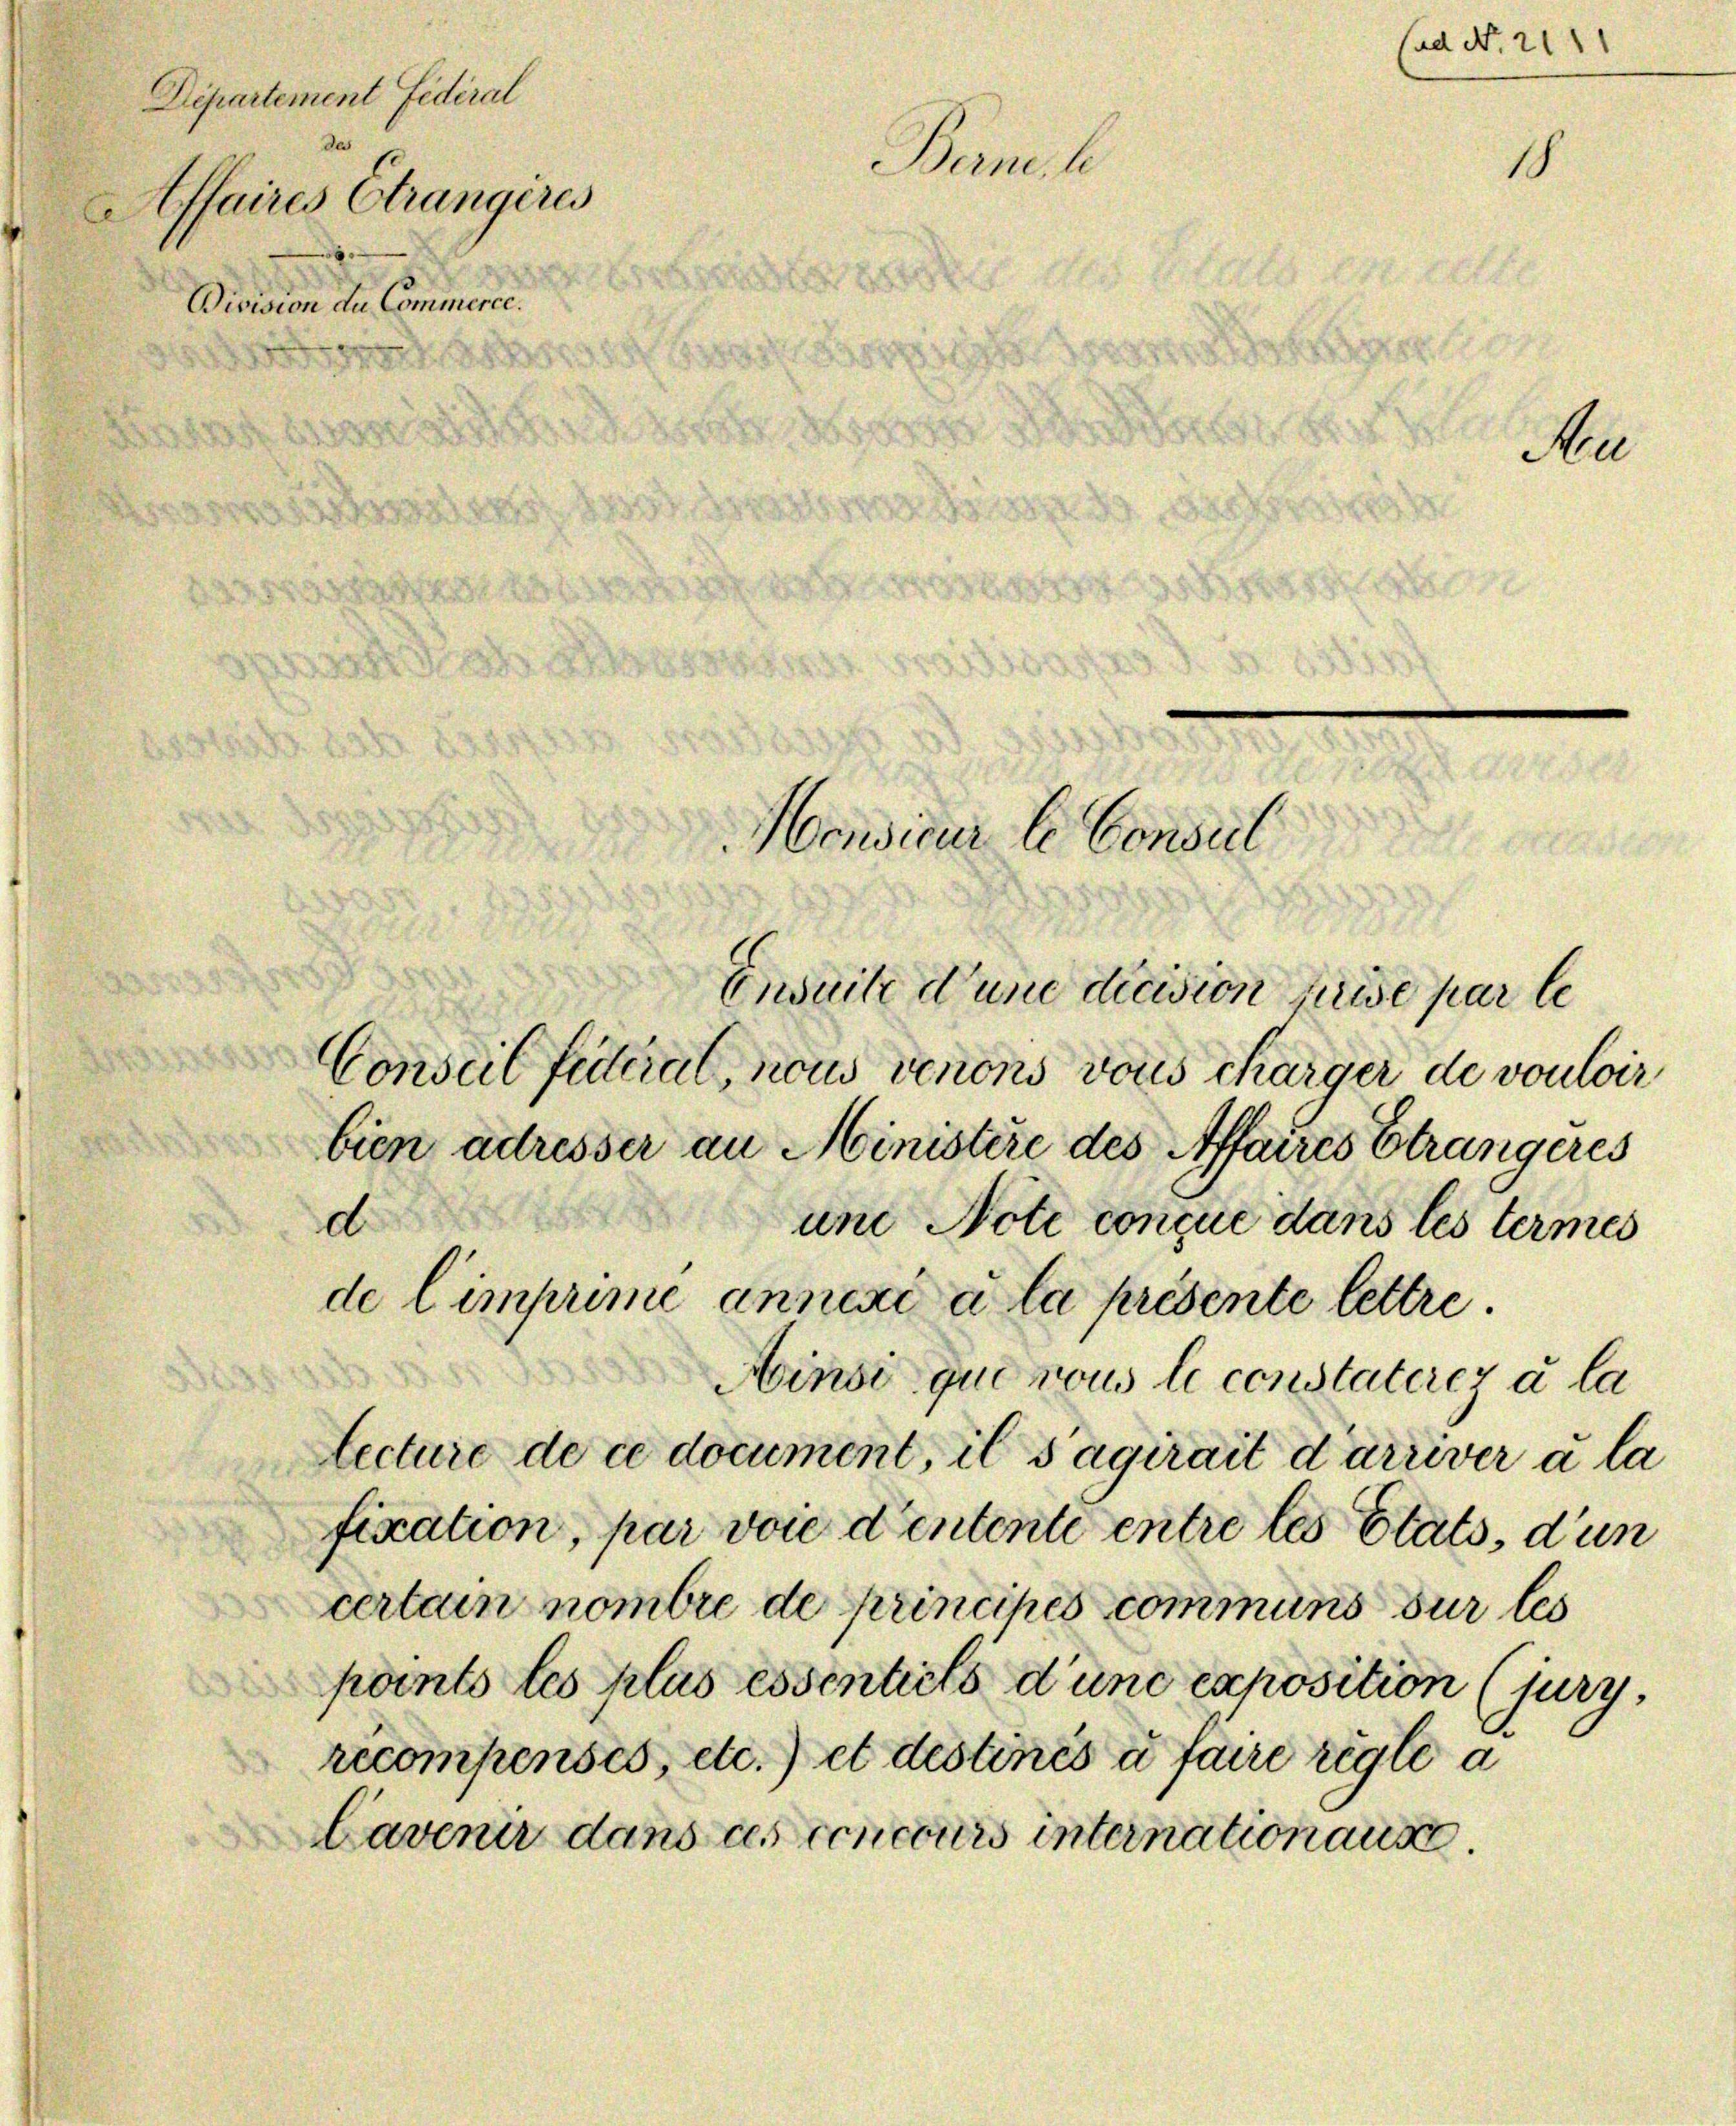
Departement Federal
des
Affaires Strangères
Division die Commence.

Trunke

Conseil futterat, nous venonis vons charger de vouloir
bien adresser an Ministère des Affaires Strangeres
d
und Note conque dans les termes
de l’imprime annexé à la présente lettre.
Ainsi que nous le constateres à la
lecture de ce document, il s’agirait d’arriver à la
fixation, par voie d’entente entre les Etats, dun
certain nombre de principés communs sur les
pants les plus essentiels d’une exposition (jury,
récompenses, etc.) et destinés à faire regte a
Cavenir dans ces concours internation aus

s

.
Monsieur le Consul
281
d
Ensuite d’une dicision prise par le

Cad No. 2111

o

e
Au

18